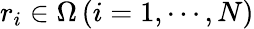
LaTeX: r_{i}\in\Omega\, (i=1,\cdots,N)